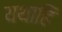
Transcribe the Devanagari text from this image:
यथाहि